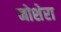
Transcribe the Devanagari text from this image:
नोशेरा